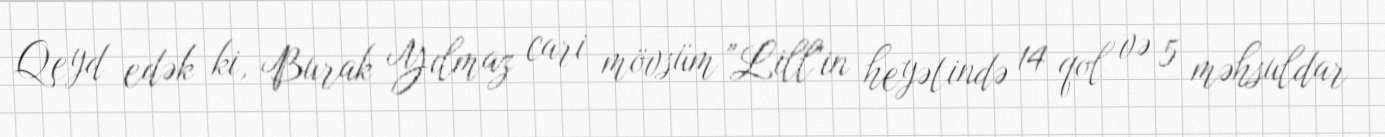
Qeyd edək ki, Burak Yılmaz cari mövsüm "Lill"in heyətində 14 qol və 5 məhsuldar